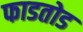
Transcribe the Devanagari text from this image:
फाडतोड